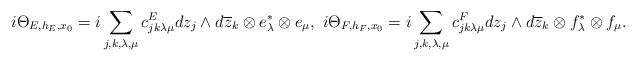
\begin{align*} i\Theta_{E,h_E,x_0}=i\sum_{j,k,\lambda,\mu}c^E_{jk\lambda\mu}dz_j\wedge d\overline{z}_k\otimes e^*_\lambda\otimes e_\mu,\,\, i\Theta_{F,h_F,x_0}=i\sum_{j,k,\lambda,\mu}c^F_{jk\lambda\mu}dz_j\wedge d\overline{z}_k\otimes f^*_\lambda\otimes f_\mu. \end{align*}